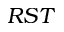
R S T